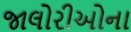
જાલોરીઓના